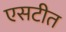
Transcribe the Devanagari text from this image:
एसटीत